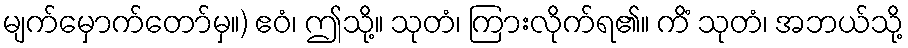
မျက်မှောက်တော်မှ။) ဧဝံ၊ ဤသို့။ သုတံ၊ ကြားလိုက်ရ၏။ ကိံ သုတံ၊ အဘယ်သို့